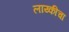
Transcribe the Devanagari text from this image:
लाय्कीचा